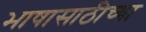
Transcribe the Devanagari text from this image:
भाषासाठीच्या